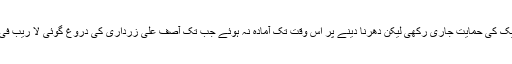
وکلاء تحریک کی حمایت جاری رکھی لیکن دھرنا دینے پر اس وقت تک آمادہ نہ ہوئے جب تک آصف علی زرداری کی دروغ گوئی لا ریب فی نہ ہو گئی۔